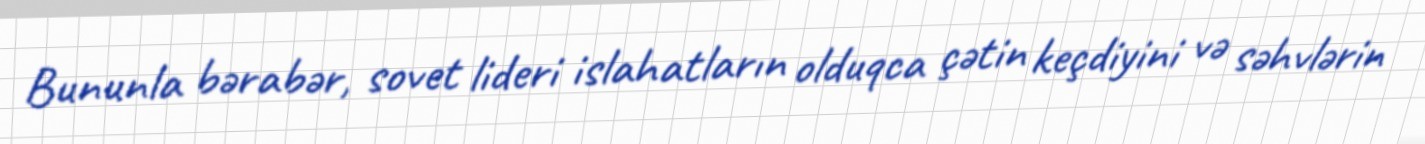
Bununla bərabər, sovet lideri islahatların olduqca çətin keçdiyini və səhvlərin